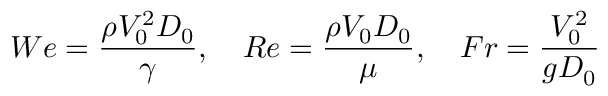
W e = \frac { \rho V _ { 0 } ^ { 2 } D _ { 0 } } { \gamma } , \quad R e = \frac { \rho V _ { 0 } D _ { 0 } } { \mu } , \quad F r = \frac { V _ { 0 } ^ { 2 } } { g D _ { 0 } }